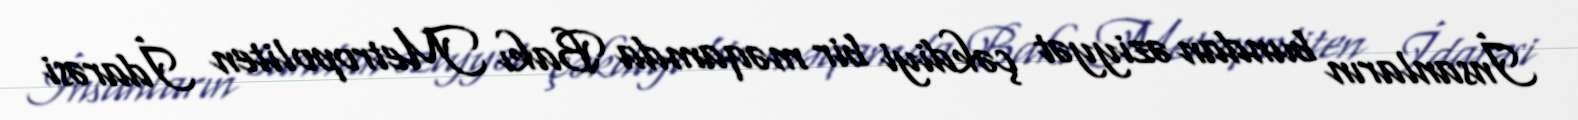
İnsanların bundan əziyyət çəkdiyi bir məqamda Bakı Metropoliten İdarəsi